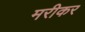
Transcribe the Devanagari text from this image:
मरीकर